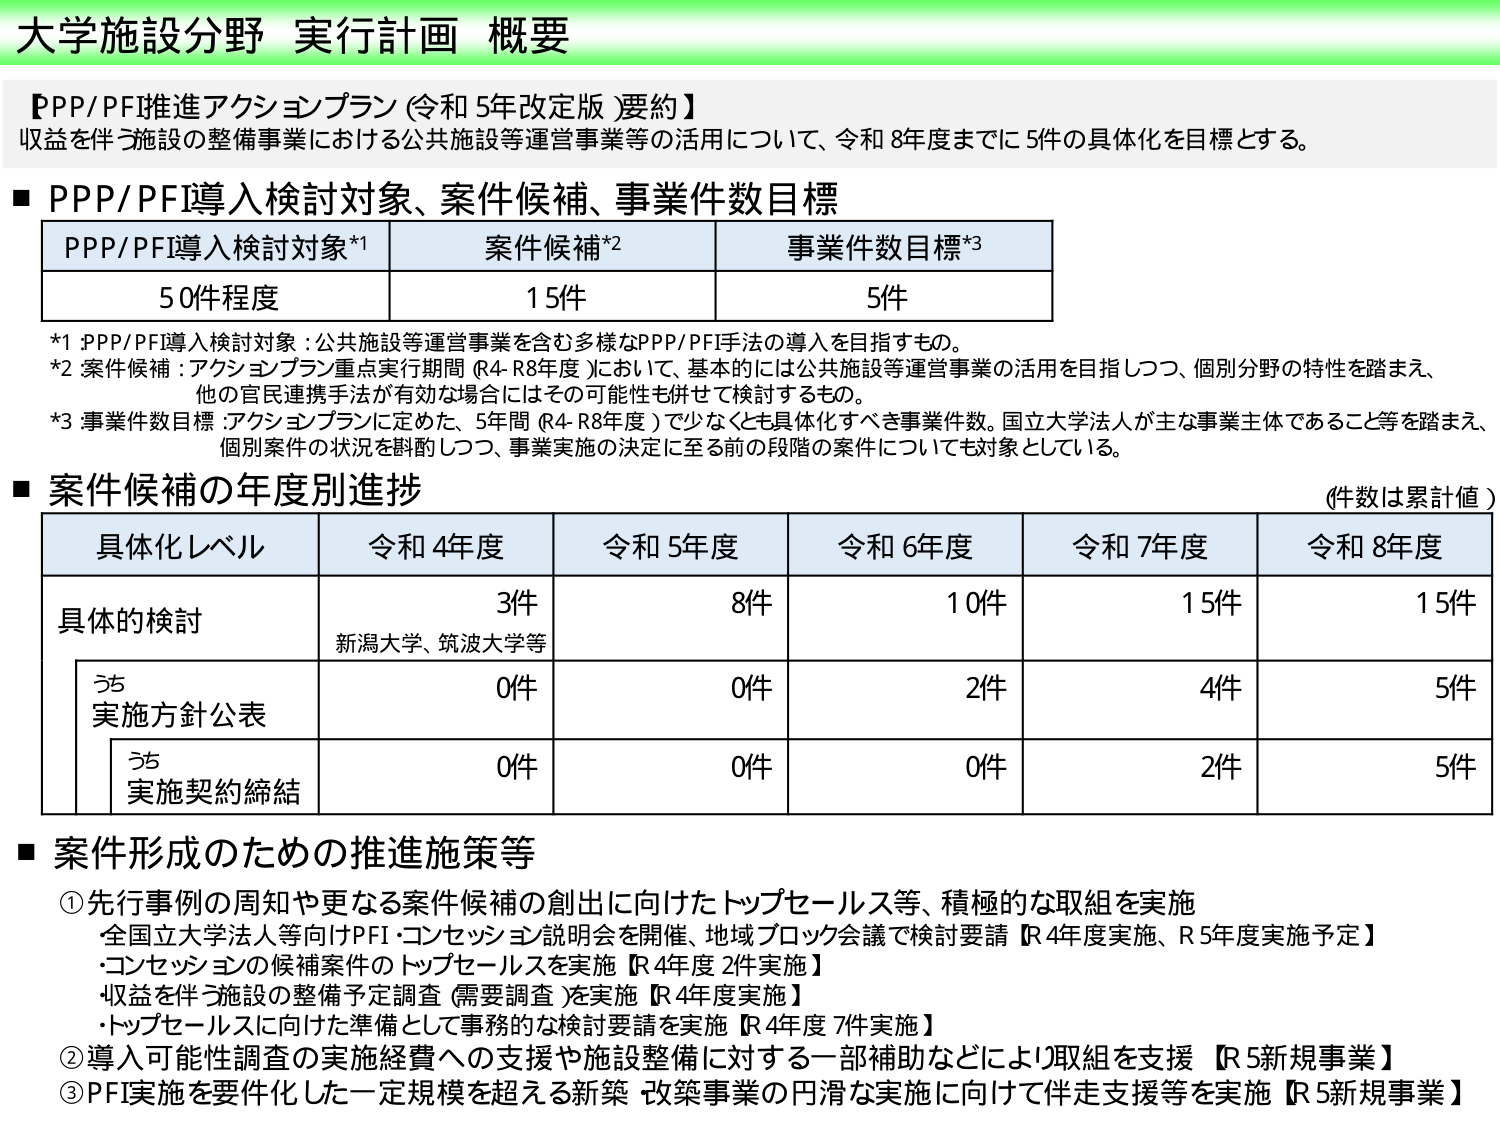
大学施設分野 実行計画 概要

【PPP/PFI推進アクションプラン（令和5年改定版）要約】
収益を伴う施設の整備事業における公共施設等運営事業等の活用について、令和8年度までに5件の具体化を目標とする。

■ PPP/PFI導入検討対象、案件候補、事業件数目標

| PPP/PFI導入検討対象*1 | 案件候補*2 | 事業件数目標*3 |
|------------------------|------------|----------------|
| 50件程度               | 15件       | 5件            |

*1 PPP/PFI導入検討対象：公共施設等運営事業を含む多様なPPP/PFI手法の導入を目指すもの。
*2 案件候補：アクションプラン重点実行期間（R4-R8年度）において、基本的には公共施設等運営事業の活用を目指しつつ、個別分野の特性を踏まえ、他の官民連携手法が有効な場合にはその可能性も併せて検討するもの。
*3 事業件数目標：アクションプランに定めた、5年間（R4-R8年度）で少なくとも具体化すべき事業件数。国立大学法人が主な事業主体であること等を踏まえ、個別案件の状況を斟酌しつつ、事業実施の決定に至る前の段階の案件についても対象としている。

■ 案件候補の年度別進捗
（件数は累計値）

| 具体化レベル       | 令和4年度 | 令和5年度 | 令和6年度 | 令和7年度 | 令和8年度 |
|--------------------|-----------|-----------|-----------|-----------|-----------|
| 具体的検討         | 3件       | 8件       | 10件      | 15件      | 15件      |
|                    | 新潟大学、筑波大学等 |           |           |           |           |
| うち実施方針公表   | 0件       | 0件       | 2件       | 4件       | 5件       |
| うち実施契約締結   | 0件       | 0件       | 0件       | 2件       | 5件       |

■ 案件形成のための推進施策等

① 先行事例の周知や更なる案件候補の創出に向けたトップセールス等、積極的な取組を実施
　・全国立大学法人等向けPFI・コンセッション説明会を開催、地域ブロック会議で検討要請【R4年度実施、R5年度実施予定】
　・コンセッションの候補案件のトップセールスを実施【R4年度 2件実施】
　・収益を伴う施設の整備予定調査（需要調査）を実施【R4年度実施】
　・トップセールスに向けた準備として事務的な検討要請を実施【R4年度 7件実施】

② 導入可能性調査の実施経費への支援や施設整備に対する一部補助などにより取組を支援【R5新規事業】

③ PFI実施を要件化した一定規模を超える新築・改築事業の円滑な実施に向けて伴走支援等を実施【R5新規事業】